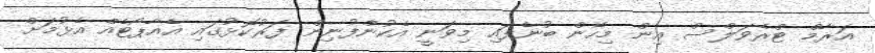
އަރާމް ޓްރެވަލްސް އިން މިހެން ބުނެފައި މިވަނީ އެކުންފުނިން ފަރުކޮޅުގައި އެއާޕޯޓެއް އެޅުމަށް